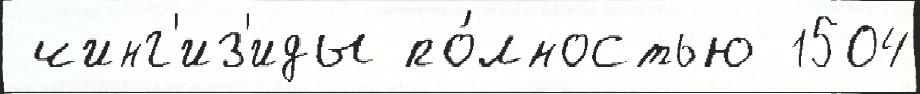
 чинг'из'иды по́лностью 1504